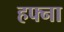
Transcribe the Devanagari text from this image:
हफ्ना